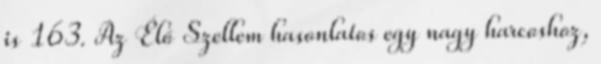
is 163. Az Élő Szellem hasonlatos egy nagy harcoshoz,